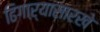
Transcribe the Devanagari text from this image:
ढिगाऱ्यासारखे